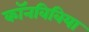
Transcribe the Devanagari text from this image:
कॉनविविया